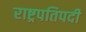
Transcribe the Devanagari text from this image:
राष्ट्रपतिपदी